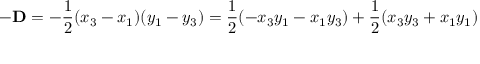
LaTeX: - \mathbf { D } = - { \frac { 1 } { 2 } } ( x _ { 3 } - x _ { 1 } ) ( y _ { 1 } - y _ { 3 } ) = { \frac { 1 } { 2 } } ( - x _ { 3 } y _ { 1 } - x _ { 1 } y _ { 3 } ) + { \frac { 1 } { 2 } } ( x _ { 3 } y _ { 3 } + x _ { 1 } y _ { 1 } )